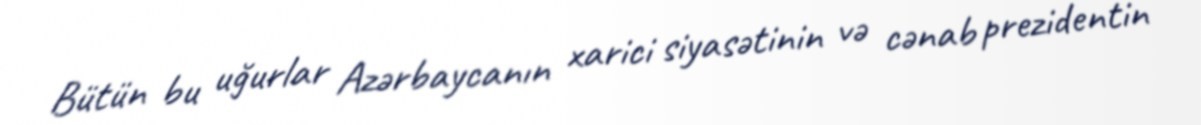
Bütün bu uğurlar Azərbaycanın xarici siyasətinin və cənab prezidentin